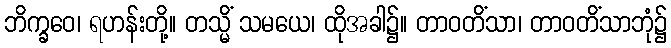
ဘိက္ခဝေ၊ ရဟန်းတို့။ တသ္မိံ သမယေ၊ ထိုအခါ၌။ တာဝတိံသာ၊ တာဝတိံသာဘုံ၌